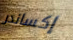
إكساندر